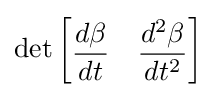
\det {\begin{bmatrix}{\dfrac {d\beta }{dt}}&{\dfrac {d^{2}\beta }{dt^{2}}}\end{bmatrix}}